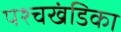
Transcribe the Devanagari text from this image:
पश्चखंडिका